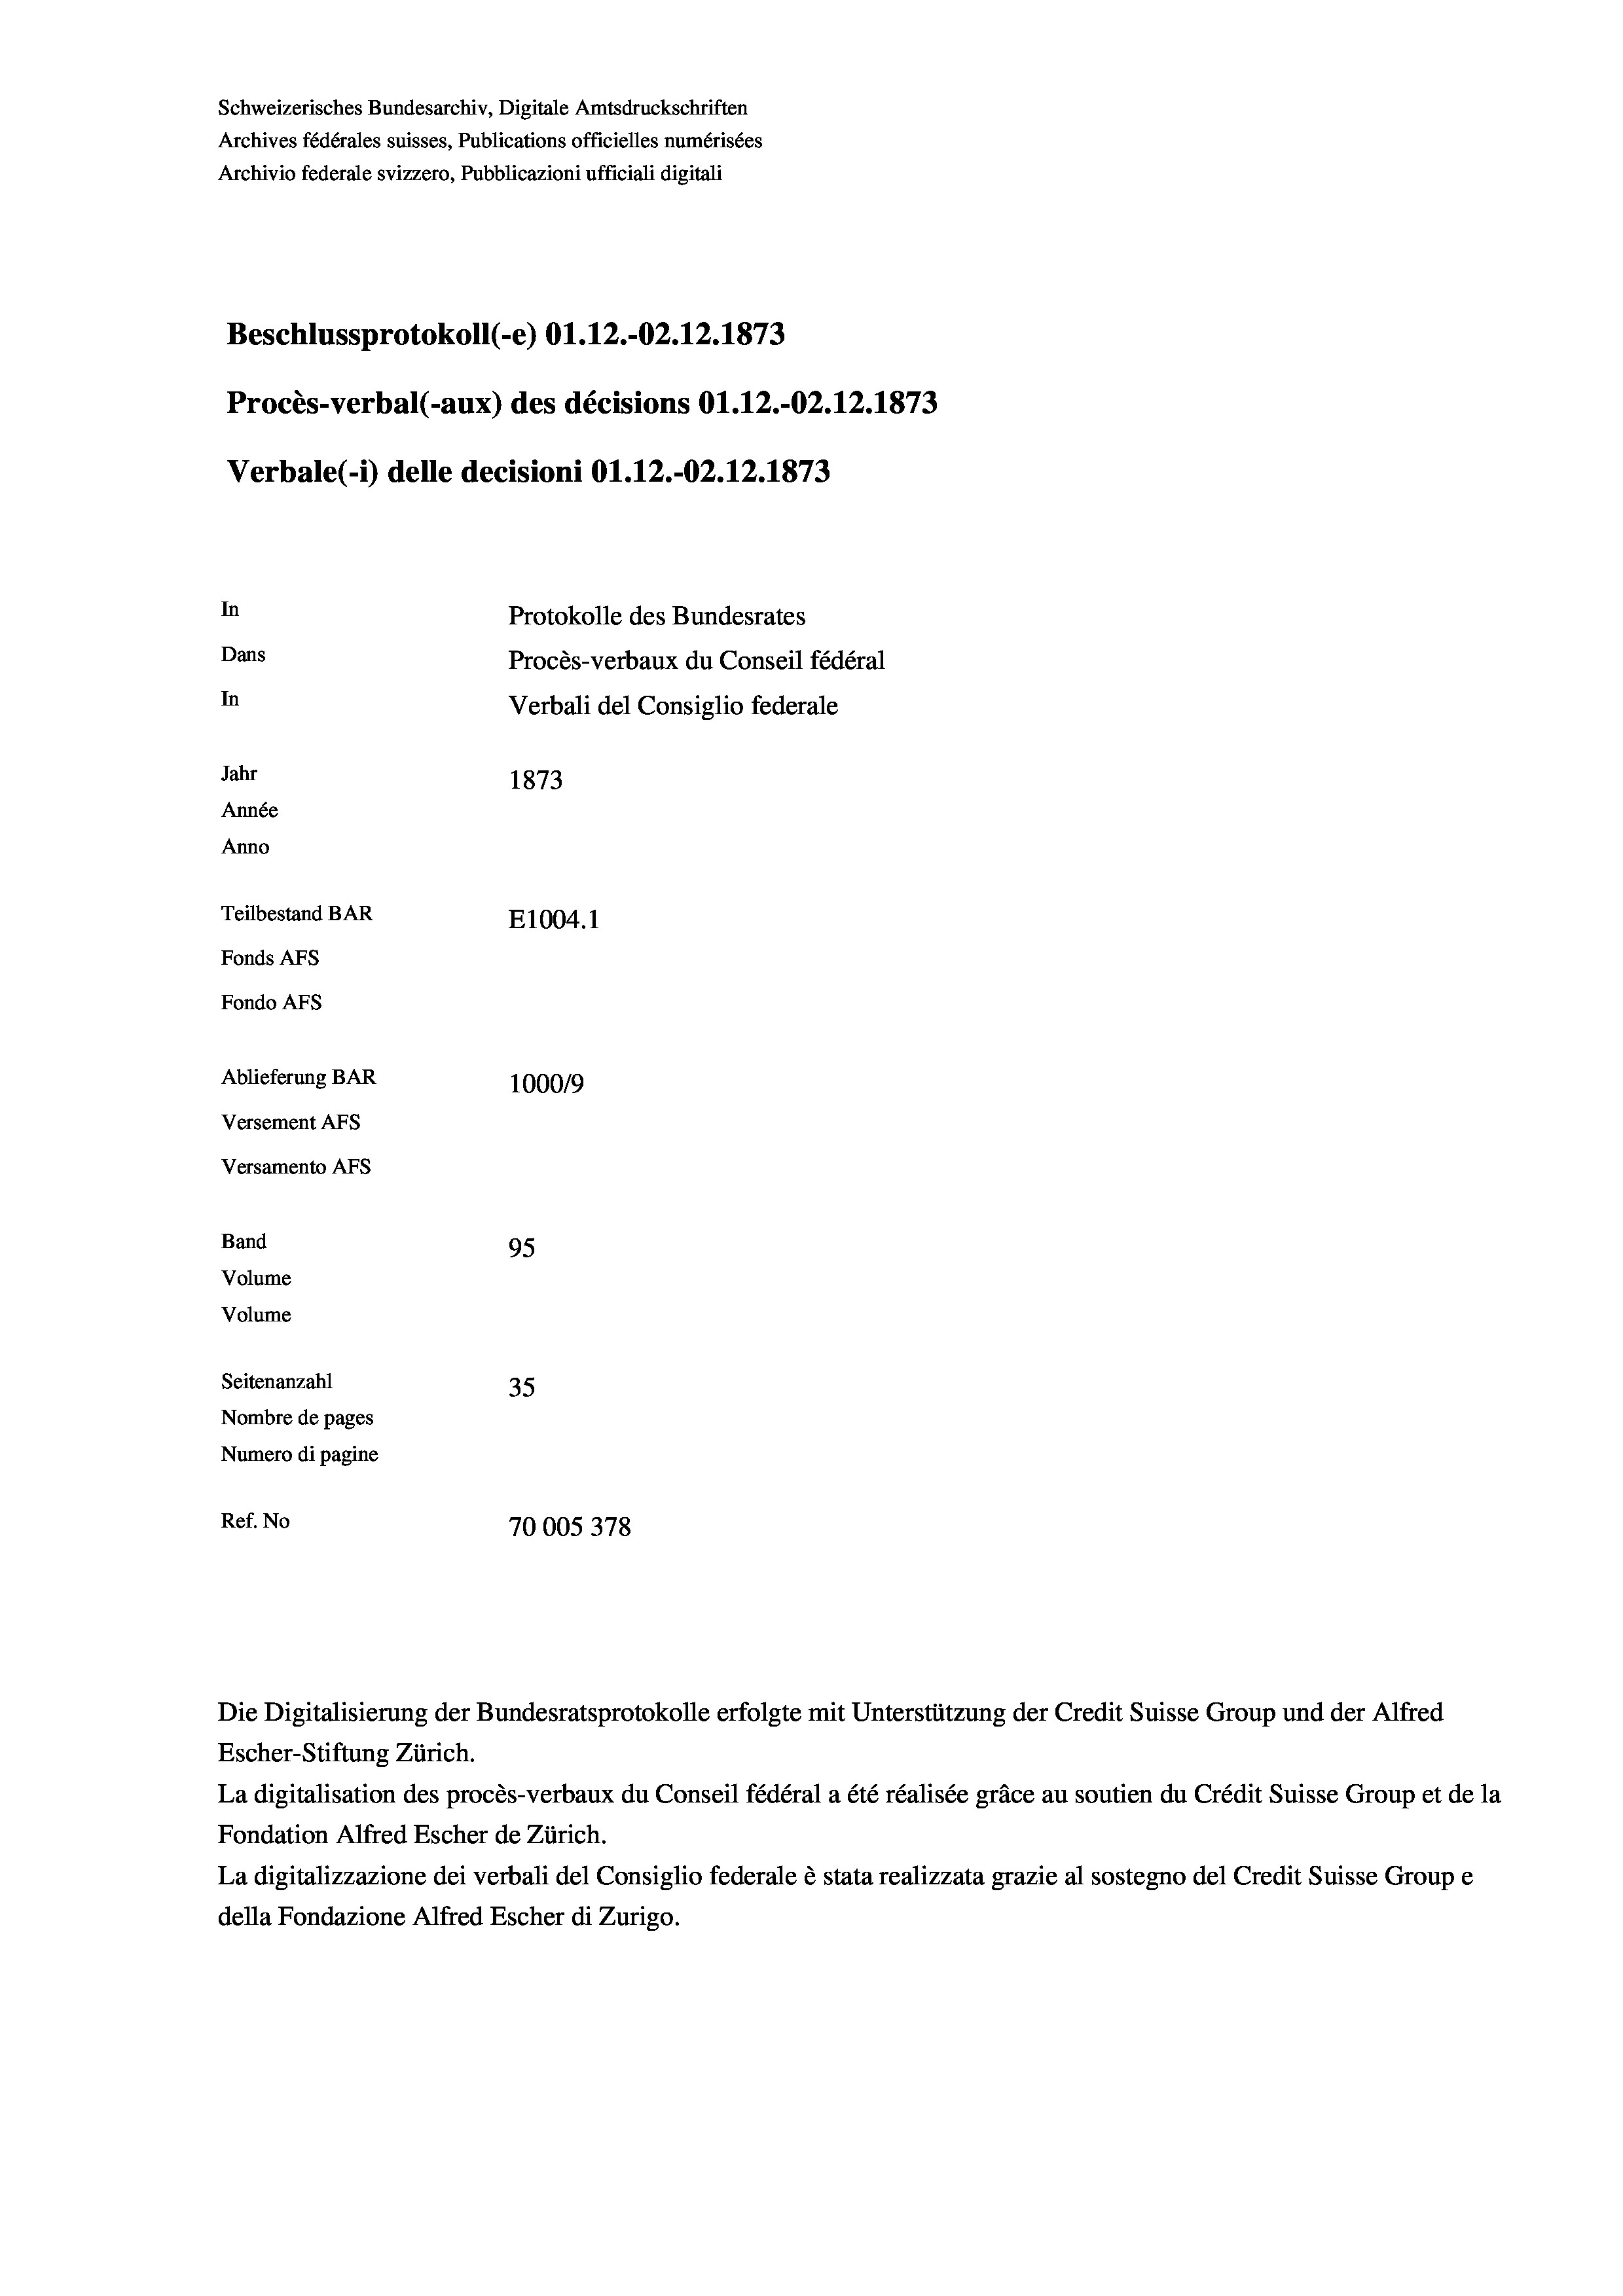
Schweizerisches Bundesarchiv, Digitale Amtsdruckschriften
Archives fédérales suisses, Publications officielles numérisées
Archivio federale svizzero, Pubblicazioni ufficiali digitali
Beschlussprotokoll (-e) O1.12.-02. 12. 1873
Procès-verbal (-aux) des décisions O1.12.-02.12.1873
Verbale (- 1) delle decisioni O1.12.-02.12.1873
In
Protokolle des Bundesrates
Dans
Procès-verbaux du Conseil fédéral
In
Verbali del Consiglio federale
Jahr
1873
Année
Anno
Teilbestand BAR
E1004.1
Fonds AFs
Fondo AFs
Ablieferung BAR
100019
Versement AFs
Versamento AFs
Band
95
Volume
Volume
Seitenanzahl
35
Nombre de pages
Numero di pagine
Ref. No
70005378

Escher-Stiftung Zürich.
La digitalisation des procès-verbaux du Conseil fédéral a été réalisée gräce au soutien du Crédit Suisse Group et de la
Fondation Alfred Escher de Zürich.
La digitalizzazione dei verbali del Consiglio federale è stata realizzata grazie al sostegno del Credit Suisse Groupe
della Fondazione Alfred Escher di Zurigo.

Die Digitalisierung der Bundesratsprotokolle erfolgte mit Unterstützung der Credit Suisse Group und der Alfred